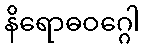
နိရောဓဝဂ္ဂေါ